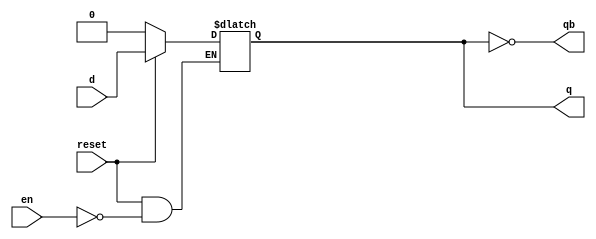
module d_latch_al(
    input d,en,reset,
    output q,qb
    );
	 reg q;
	 wire qb;
	 //the always block triggered whenever d/en/reset changes
	 always@(d,en,reset)
	 begin
		//if reset high then the output will be 0
		//else as long as enable is high, output q follow input d
		if(!reset) q<=0;
		else 
			begin 
				if(en) q<=d;
				else q<=q;
			end
	 end
	 assign qb = ~q;
endmodule